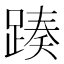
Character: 𨂡